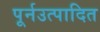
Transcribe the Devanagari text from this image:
पूर्नउत्पादित